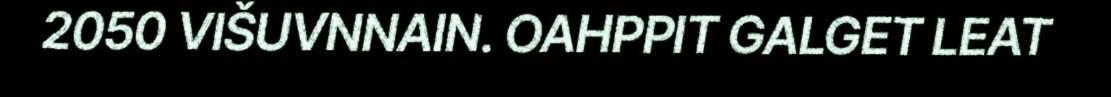
2050 VIŠUVNNAIN. OAHPPIT GALGET LEAT